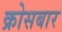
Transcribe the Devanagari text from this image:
क्रोसबार